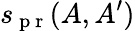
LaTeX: s_{\mathrm{~p~r~}}(A,A^{\prime})